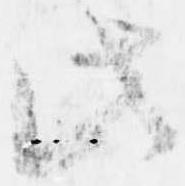
此